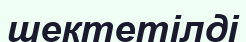
шектетілді